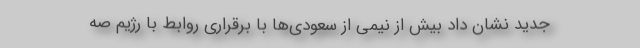
جدید نشان داد بیش از نیمی از سعودی‌ها با برقراری روابط با رژیم صه